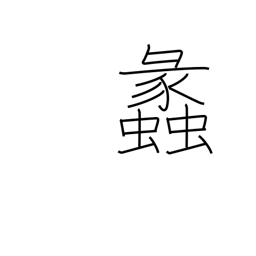
Meaning: conch